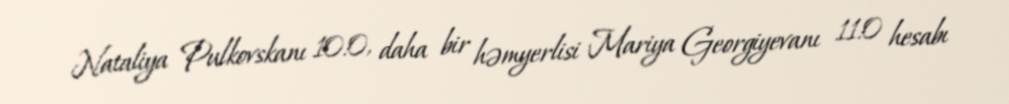
Nataliya Pulkovskanı 10:0, daha bir həmyerlisi Mariya Georgiyevanı 11:0 hesabı